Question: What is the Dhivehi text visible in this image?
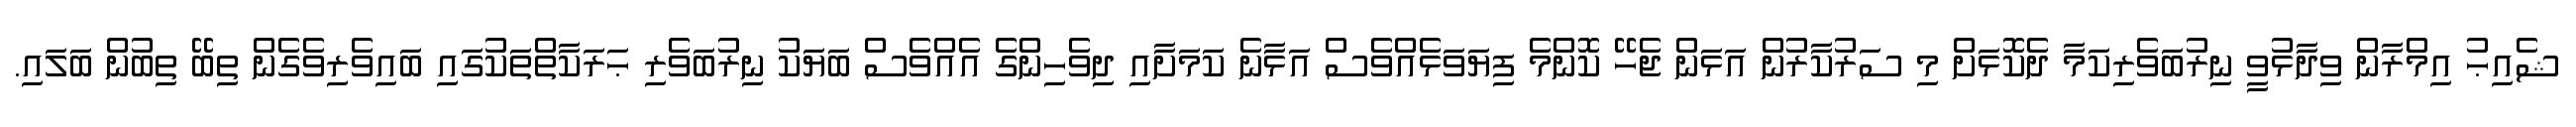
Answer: ޝެއިޙު އިމްރާން ވިދާޅުވީ ނިރުބަވެރިކަމާ ދެކޮޅަށް މި ސަރުކާރުން އަޅަން ޖެހޭ ކޮންމެ ފިޔަވަޅެއްވެސް އަޅާނެ ކަމަށާއި ދިވެހިންގެ އެއްވެސް ބަޔަކު ނިރުބަވެރި ޙަރަކާތްތަކުގައި ބައިވެރިވެގެން ތިބޭ ތިބުން ބަލައި.